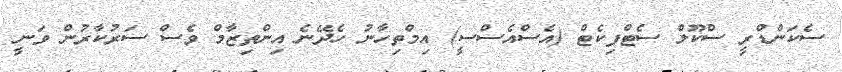
ސެކަންޑްރީ ސްކޫލް ސެޓްފިކެޓް (އެސްއެސްސީ) އިމްތިހާނު ހެދޭނެ އިންތިޒާމް ވެސް ސަރުކާރުން ވަނީ